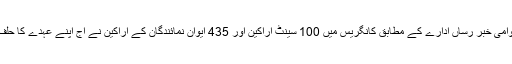
بین الاقوامی خبر رساں ادارے کے مطابق کانگریس میں 100 سینٹ اراکین اور 435 ایوان نمائندگان کے اراکین نے آج اپنے عہدے کا حلف اُٹھالیا۔